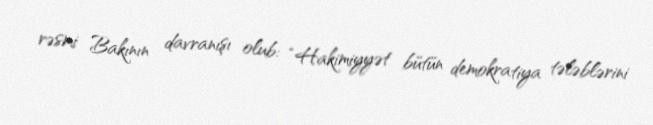
rəsmi Bakının davranışı olub: “Hakimiyyət bütün demokratiya tələblərini